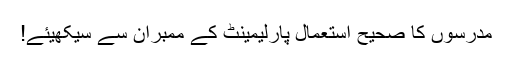
مدرسوں کا صحیح استعمال پارلیمینٹ کے ممبران سے سیکھیئے!